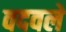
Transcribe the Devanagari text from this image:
वदवले